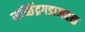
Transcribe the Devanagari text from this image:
मच्छिंद्रगडाजवळ